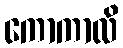
ကောကာလိ